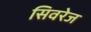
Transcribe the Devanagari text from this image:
सिवरेज